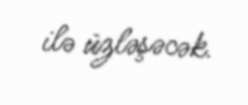
ilə üzləşəcək.